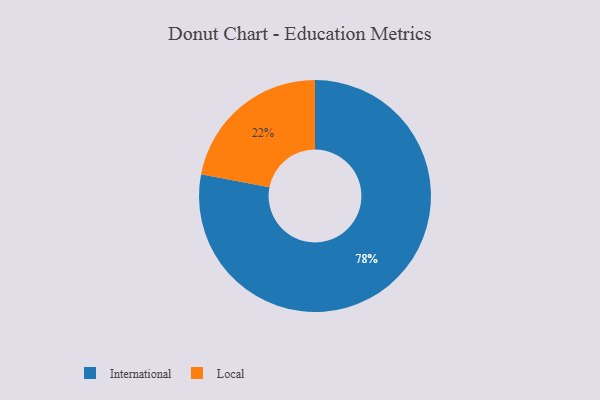
{"axis": {"x": "Category", "y": "Percentage"}, "legend": ["International", "Local"], "data": [{"x": "International", "y": 78, "type": "International"}, {"x": "Local", "y": 22, "type": "Local"}]}